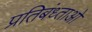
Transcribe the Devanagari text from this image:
प्रतिबंध्ताओ